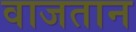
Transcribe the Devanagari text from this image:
वाजतान